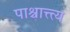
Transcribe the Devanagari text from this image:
पाश्चात्त्त्य